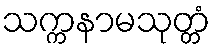
သက္ကနာမသုတ္တံ